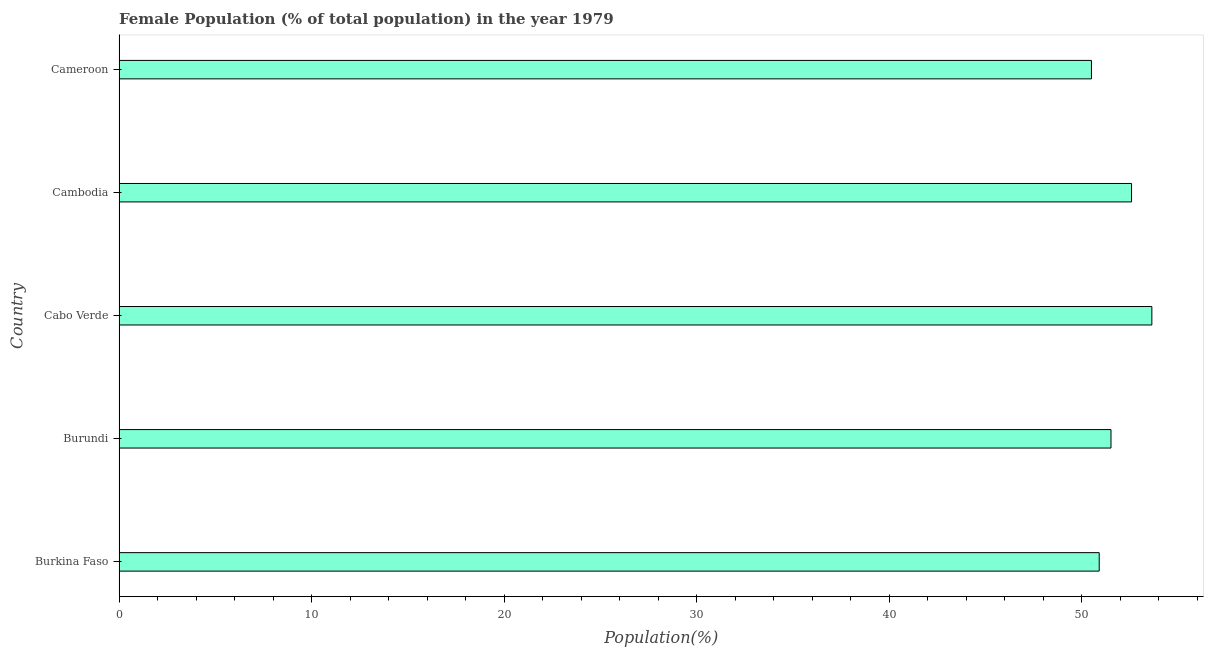
| Country | Female |
 | --- | --- |
 | Burkina Faso | 50.9 |
 | Burundi | 51.5 |
 | Cabo Verde | 53.6 |
 | Cambodia | 52.6 |
 | Cameroon | 50.5 |